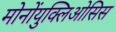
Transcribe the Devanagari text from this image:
मोनोंयुक्लिओसिस